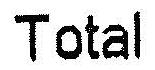
TOTAL